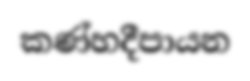
කණ්හදීපායන